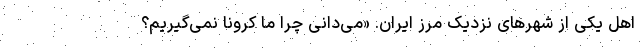
اهل یکی از شهرهای نزدیک مرز ایران. «می‌دانی چرا ما کرونا نمی‌گیریم؟